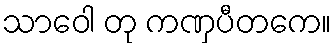
သာဝေါ တု ကဏှပီတကေ။